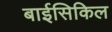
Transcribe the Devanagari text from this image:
बाईसिकिल